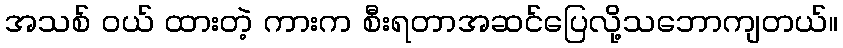
အသစ် ဝယ် ထားတဲ့ ကားက စီးရတာအဆင်ပြေလို့သဘောကျတယ်။